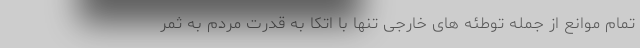
تمام موانع از جمله توطئه های خارجی تنها با اتکا به قدرت مردم به ثمر